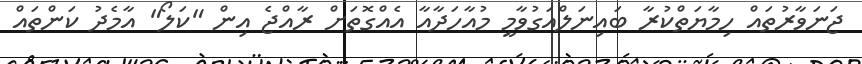
ޖަނަވާރުތައް ހިމާޔަތްކުރާ ބައިނަލްއަގުވާމީ މުއާހަދާއާ އެއްގޮތަށް ރާއްޖެ އިން "ކަލޯ" އާމެދު ކަންތައް